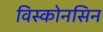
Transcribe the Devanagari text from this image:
विस्कोनसिन